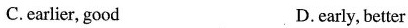
C. earlier, good D. early, better